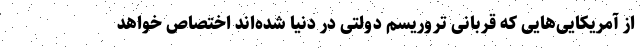
از آمریکایی‌هایی که قربانی تروریسم دولتی در دنیا شده‌اند اختصاص خواهد